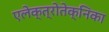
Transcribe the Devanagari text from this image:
एलेक्त्रोतेक्निका